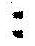
: